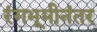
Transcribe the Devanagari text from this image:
रंगभूमीनंतर